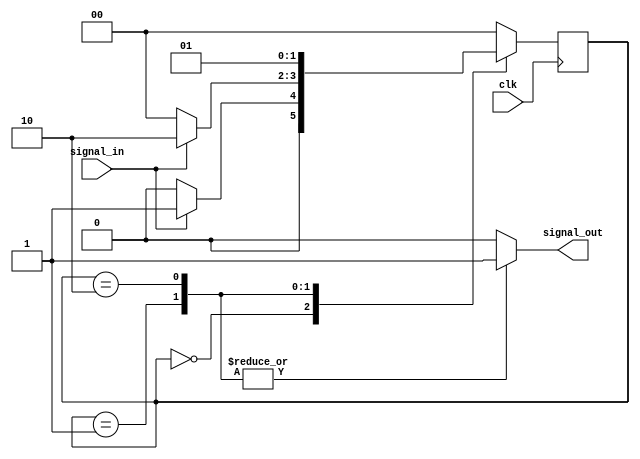
module debounce (
    input wire clk,
    input wire signal_in,
    output reg signal_out
);

// Define states for the FSM
parameter IDLE = 2'b00;
parameter WAIT_TRANSITION = 2'b01;
parameter DEBOUNCE = 2'b10;

// Define signals for the FSM
reg [1:0] state;
reg [1:0] next_state;

// State machine logic
always @ (posedge clk) begin
    case (state)
        IDLE: begin
            if (signal_in == 1'b1) begin
                next_state <= WAIT_TRANSITION;
            end else begin
                next_state <= IDLE;
            end
        end
        WAIT_TRANSITION: begin
            if (signal_in == 1'b0) begin
                next_state <= IDLE;
            end else begin
                next_state <= DEBOUNCE;
            end
        end
        DEBOUNCE: begin
            next_state <= WAIT_TRANSITION;
        end
        default: next_state <= IDLE;
    endcase
end

// Output logic
always @ (*) begin
    case (state)
        IDLE: begin
            signal_out = 1'b0;
        end
        WAIT_TRANSITION: begin
            signal_out = 1'b1;
        end
        DEBOUNCE: begin
            signal_out = 1'b1;
        end
        default: signal_out = 1'b0;
    endcase
end

// State update
always @ (*) begin
    state <= next_state;
end

endmodule